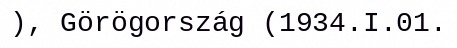
), Görögország (1934.I.01.